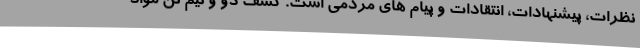
نظرات، پیشنهادات، انتقادات و پیام های مردمی است. کشف دو و نیم تن مواد